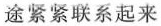
途紧紧联系起来